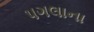
પગલાના